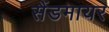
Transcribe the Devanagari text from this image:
सैंडमायर